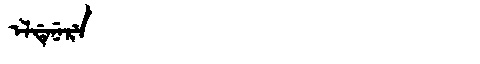
Manchu: ᡝᠯᡩᡝᠨᡝᡵᡝ
Romanization: ELDENERE